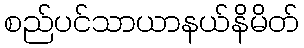
စည်ပင်သာယာနယ်နိမိတ်